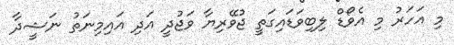
މި އަހަރު މި އެވޯޑް ލިބިވަޑައިގަތީ ޖުވޭރިޔާ ވަޖުދީ އަދި އައިމިނަތު ނަޝީދާ